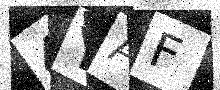
Text: 4YAF